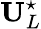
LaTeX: \mathbf{U}_{L}^{\star}